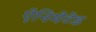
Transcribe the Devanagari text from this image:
ऐनिमेटेड